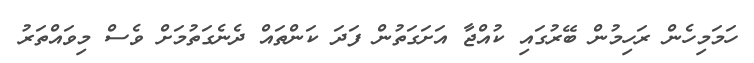
ހަމަމިހެން ރަހިމުން ބޭރުގައި ކުއްޖާ އަށަގަތުން ފަދަ ކަންތައް ދެނެގަތުމަށް ވެސް މިވައްތަރު